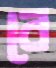
বে